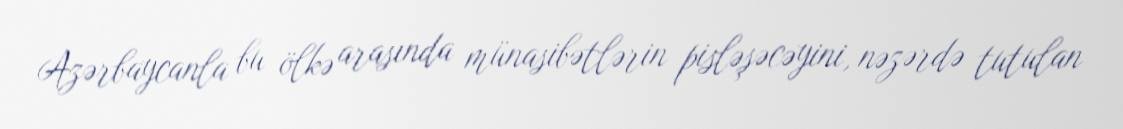
Azərbaycanla bu ölkə arasında münasibətlərin pisləşəcəyini, nəzərdə tutulan